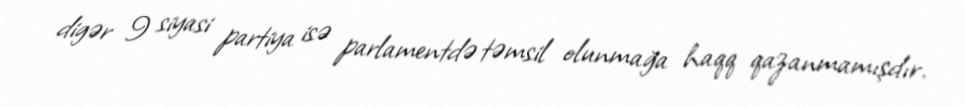
digər 9 siyasi partiya isə parlamentdə təmsil olunmağa haqq qazanmamışdır.